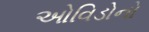
ઓવિડોનો